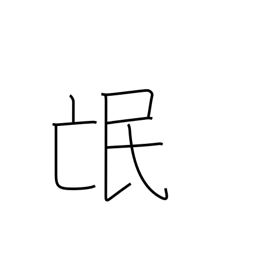
Meaning: people